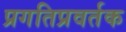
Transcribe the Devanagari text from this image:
प्रगतिप्रवर्तक